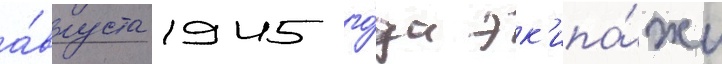
а́вгуста 1945 го́да эк'ипа́жи